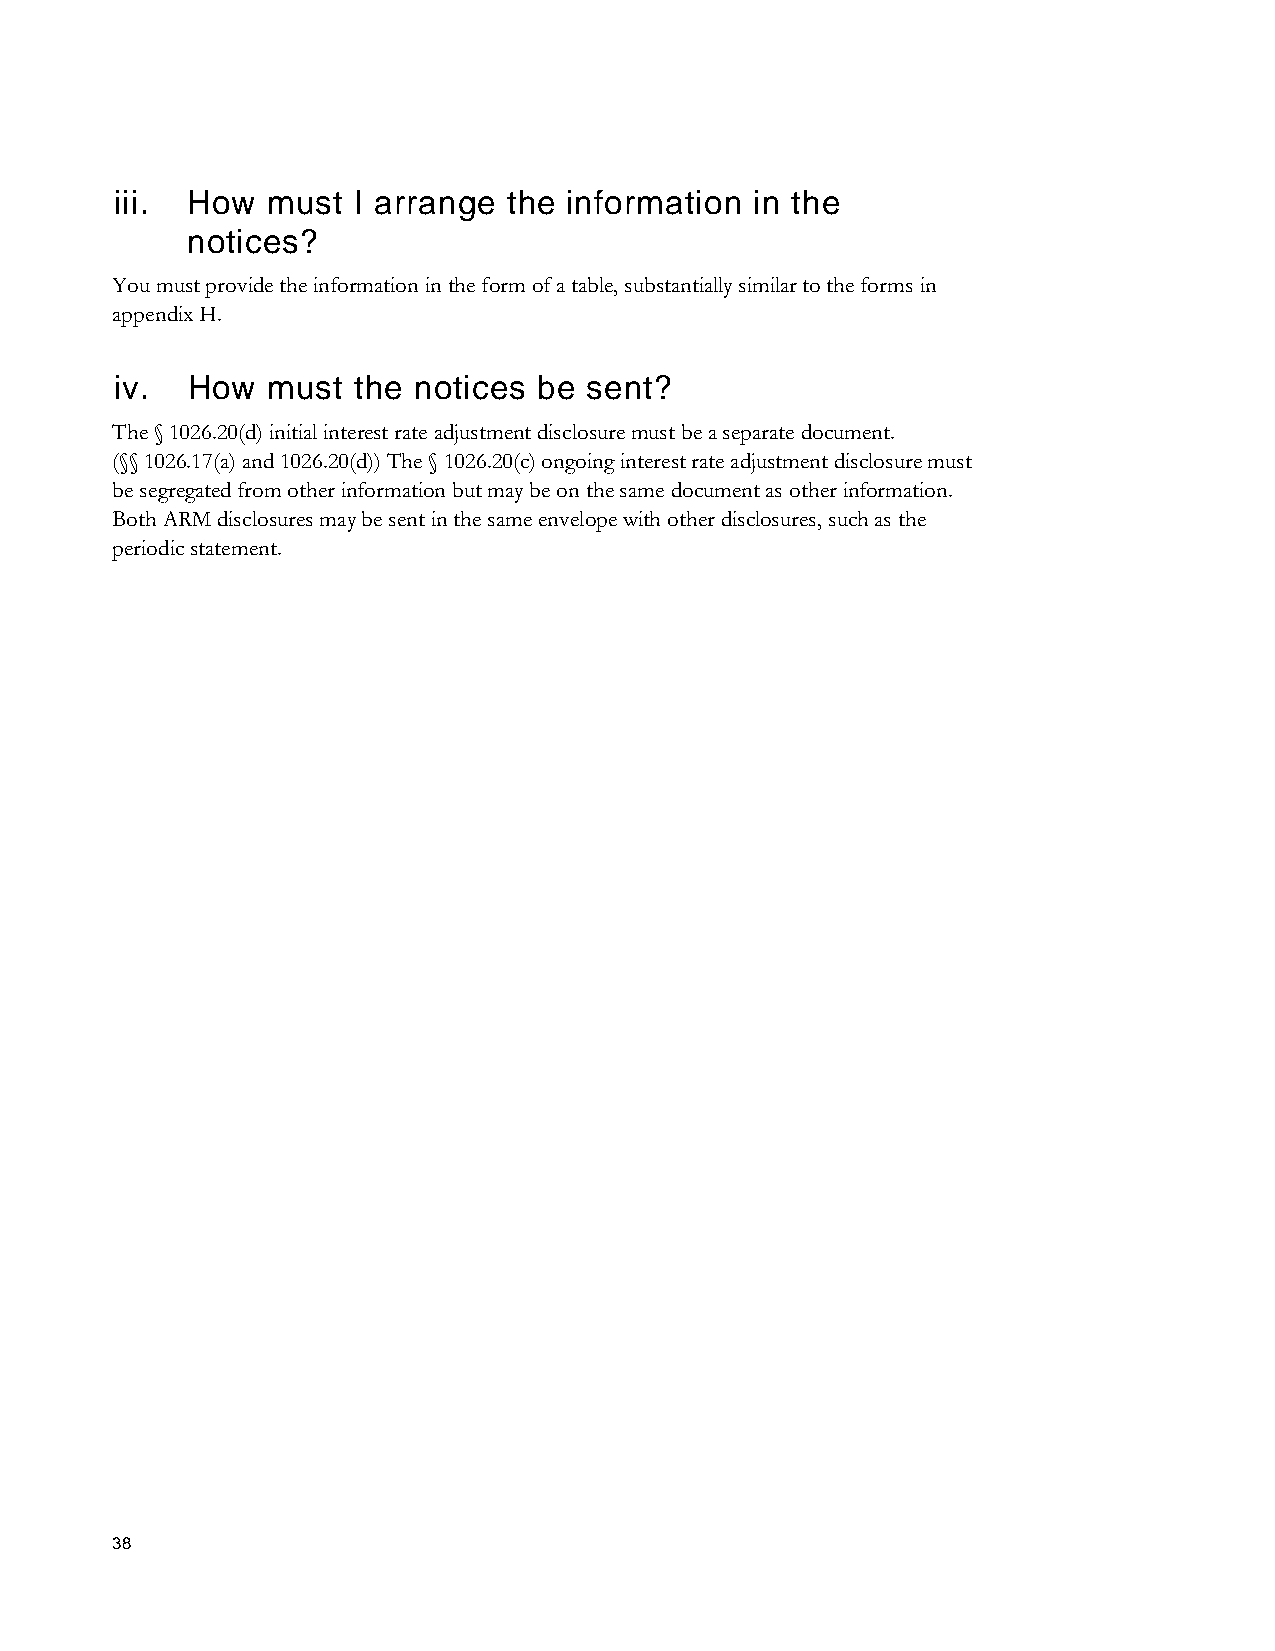
iii. How  must I arrange  the information in the
 notices?
 You must provide the information in the form of a table, substantially similar to the forms in
 appendix H.
 iv. How   must the notices  be sent?
 The § 1026.20(d) initial interest rate adjustment disclosure must be a separate document.
 (§§ 1026.17(a) and 1026.20(d)) The § 1026.20(c) ongoing interest rate adjustment disclosure must
 be segregated from other information but may be on the same document as other information.
 Both ARM disclosures may be sent in the same envelope with other disclosures, such as the
 periodic statement.
 38